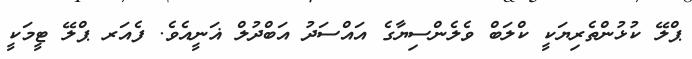
ޕްލޭ ކުޅުންތެރިޔަކީ ކްލަބް ވެލެންސިޔާގެ އައްސަދު އަބްދުލް ޣަނީއެވެ. ފެއަރ ޕްލޭ ޓީމަކީ